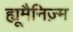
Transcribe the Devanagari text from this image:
ह्यूमैनिज़्म